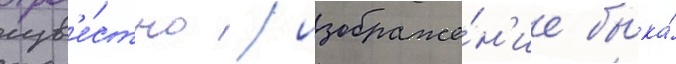
изв'е́стно / изображе́н'ие быка́